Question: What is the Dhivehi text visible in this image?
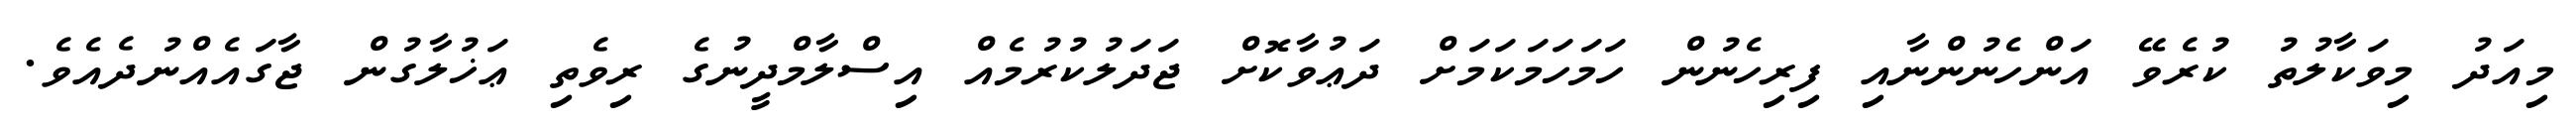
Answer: މިއަދު މިވަކާލުތު ކުރެވޭ އަންހެނުންނާއި ފިރިހެނުން ހަމަހަމަކަމަށް ދަޢުވާކޮށް ޖަދަލުކުރުމެއް އިސްލާމްދީނުގެ ރިވެތި ޢަޚުލާގުން ޖާގައެއްނުދެއެވެ.